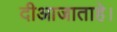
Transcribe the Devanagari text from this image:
दीआजाताहे।